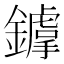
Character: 𨭴